Annual administration report of the Civil Veterinary Department, Ajmere-Merwara, British Rajputana - 1914-1940
Year: 1914
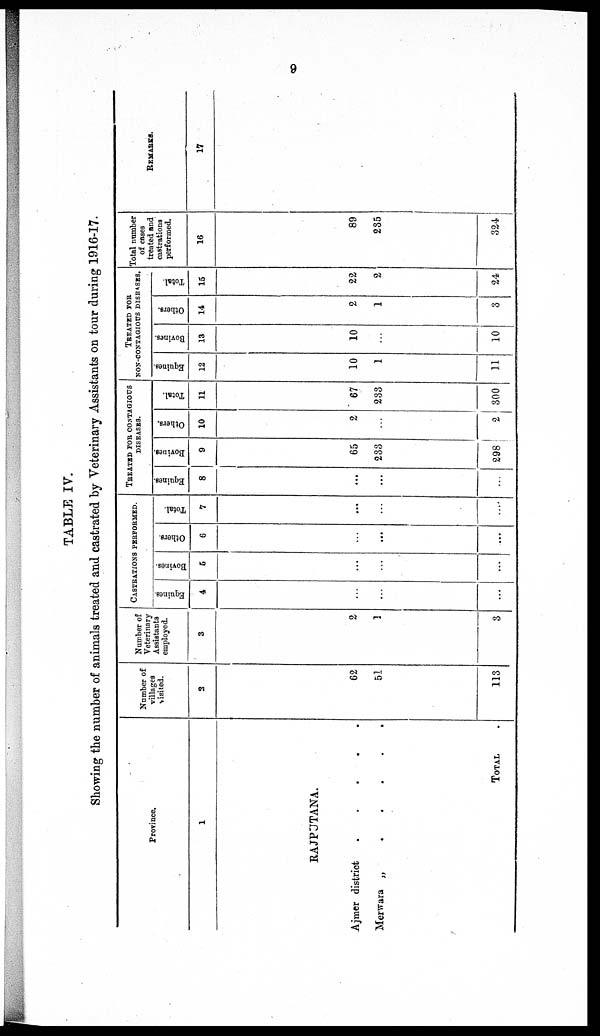
9
TABLE IV.
Showing the number of animals treated and castrated by Veterinary Assistants on tour during 1916-17.
Province.
1
RAJPUTANA.
Ajmer district
.
.
.
.
.
Merwara „
.
.
.
.
.
TOTAL .
Number of
villages
visited.
2
62
51
113
Number of
Veterinary
Assistants
employed.
3
2
1
3
CASTRATIOS PERFORMED.
Equines.
4
...
...
...
Bovines.
5
...
...
...
Others.
6
...
...
...
Total.
7
...
...
...
TREATED FOR CONTAGIOUS
DISEASES.
Equines.
8
...
...
...
Bovines.
9
65
233
298
Others.
10
2
...
2
Total.
11
67
233
300
TREATED FOR
NON-CONTAGIOUS DISEASES
Equines.
12
10
1
11
Bovines.
13
10
...
10
Others.
14
2
1
3
Total.
15
22
2
24
Total number
of cases
treated and
castrations
performed.
16
89
235
324
REMARKS.
17